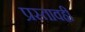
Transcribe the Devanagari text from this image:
प्रस्तावही